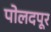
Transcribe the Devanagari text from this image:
पोलदपूर